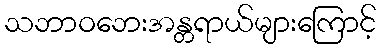
သဘာဝဘေးအန္တရာယ်များကြောင့်